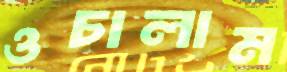
ওচালাম